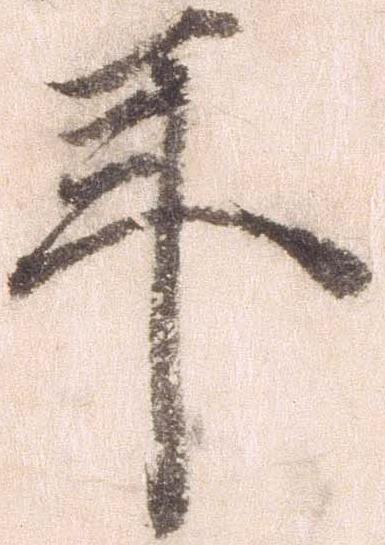
年